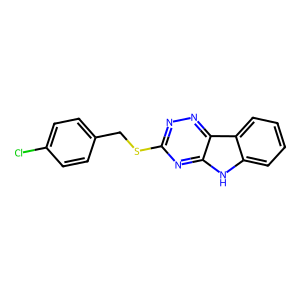
SMILES: Clc1ccc(CSc2nnc3c(n2)[nH]c2ccccc23)cc1
Inhibits HIV replication: No